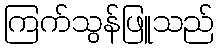
ကြက်သွန်ဖြူသည်